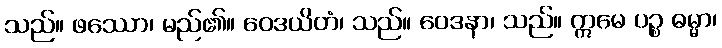
သည်။ ဖဿော၊ မည်၏။ ဝေဒယိတံ၊ သည်။ ဝေဒနာ၊ သည်။ ဣမေ ပဉ္စ ဓမ္မာ၊